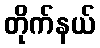
တိုက်နယ်